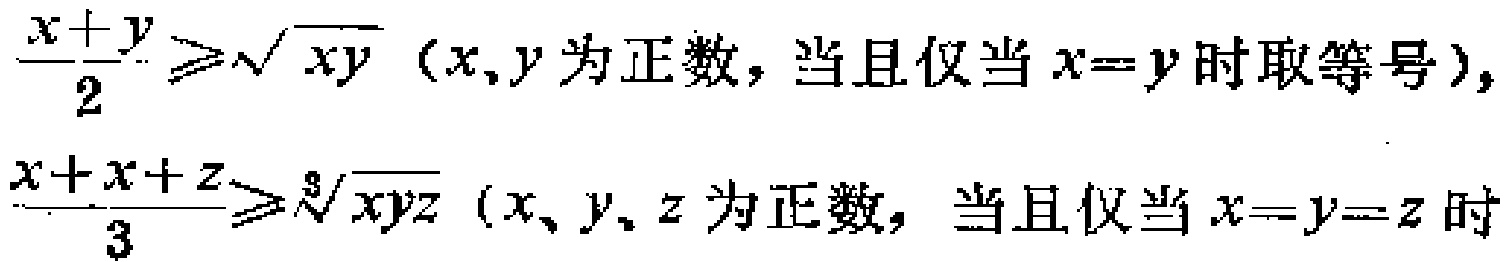
$\frac{x + y}{2} \geq \sqrt{xy} \ (x,y\text{ 为正数，当且仅当 }x = y\text{ 时取等号})，$
$\frac{x + y+ z}{3} \geq \sqrt[3]{xyz} \ (x、y、z\text{ 为正数，当且仅当 }x = y = z\text{ 时}$